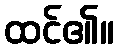
ထင်၏။